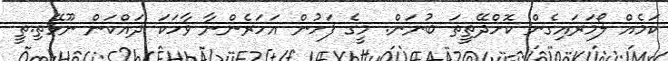
ކަމެއް ލޯމަރައިގެން ކޮށްދޭތީތަ ބުނަން. މީގެ ފަހުން އަހަރެންނާ ވާހަކަ ދައްކަން ނޫޅޭތި.ތީ